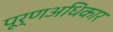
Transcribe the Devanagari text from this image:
पूर्णअधिकार